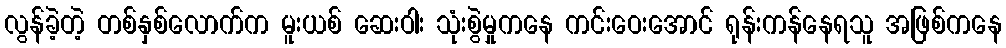
လွန်ခဲ့တဲ့ တစ်နှစ်လောက်က မူးယစ် ဆေးဝါး သုံးစွဲမှုကနေ ကင်းဝေးအောင် ရုန်းကန်နေရသူ အဖြစ်ကနေ